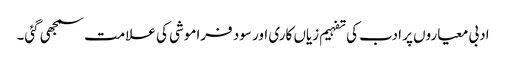
ادبی معیاروں پر ادب کی تفہیم زیاں کاری اور سود فراموشی کی علامت سمجھی گئی۔